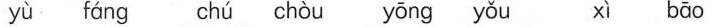
yù fáng chú chòu yōng yǒu xì bāo